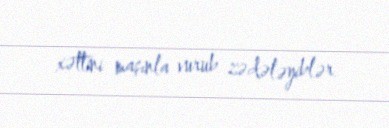
xəttini maşınla vurub zədələyiblər.